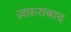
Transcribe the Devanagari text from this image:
ज़फ़राबाद